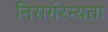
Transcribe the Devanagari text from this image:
निसर्गरम्यता